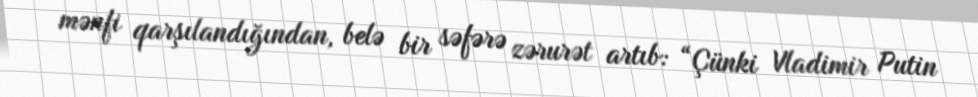
mənfi qarşılandığından, belə bir səfərə zərurət artıb: “Çünki Vladimir Putin